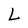
Character: L